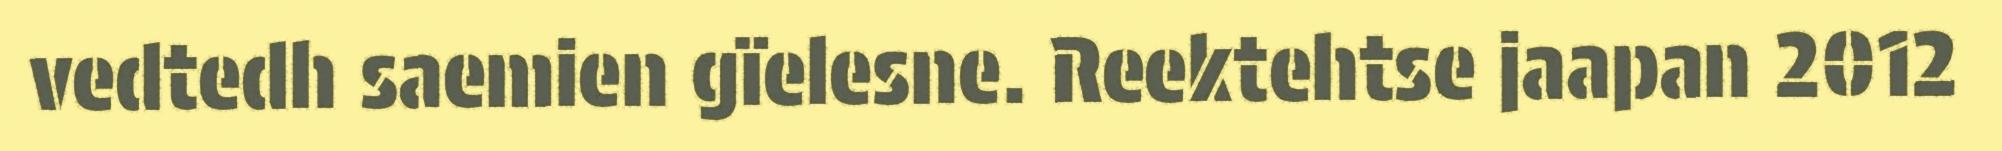
vedtedh saemien gïelesne. Reektehtse jaapan 2012